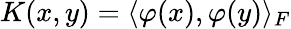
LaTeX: K(x,y)=\langle\varphi(x),\varphi(y)\rangle_{F}